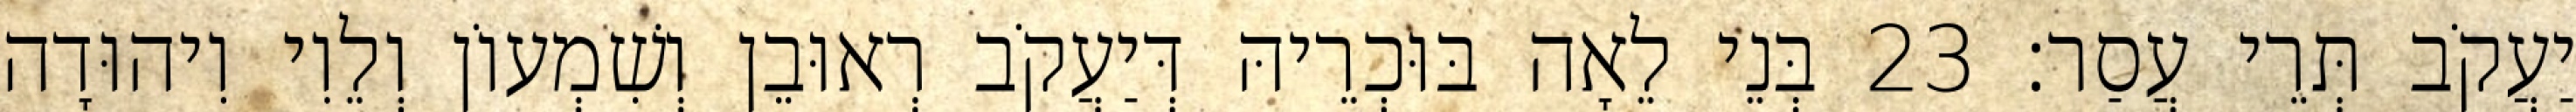
יַעֲקֹב תְּרֵי עֲסַר׃ 23 בְּנֵי לֵאָה בּוּכְרֵיהּ דְּיַעֲקֹב רְאוּבֵן וְשִׁמְעוֹן וְלֵוִי וִיהוּדָה